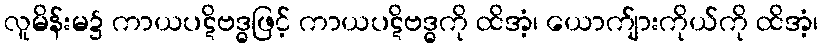
လူမိန်းမ၌ ကာယပဋိဗဒ္ဓဖြင့် ကာယပဋိဗဒ္ဓကို ထိအံ့၊ ယောက်ျားကိုယ်ကို ထိအံ့၊